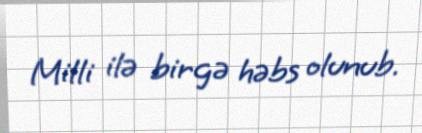
Milli ilə birgə həbs olunub.